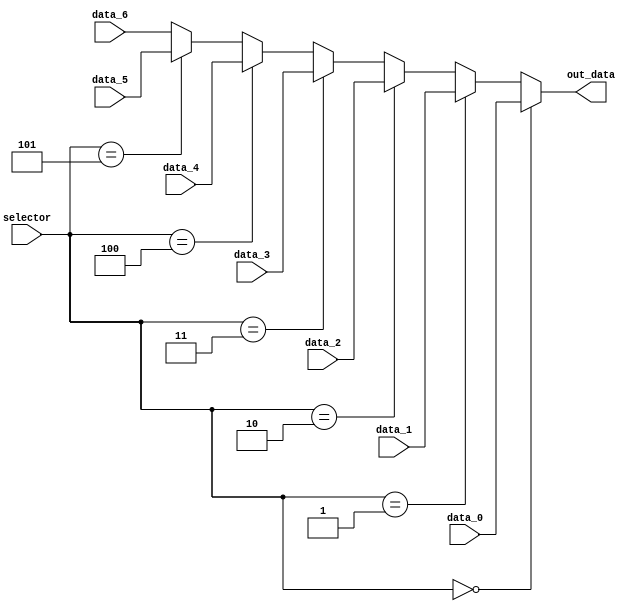
module mux_pcSource (
    input wire      [2:0]       selector,
    input wire      [31:0]      data_0,
    input wire      [31:0]      data_1,
    input wire      [31:0]      data_2,
    input wire      [31:0]      data_3,
    input wire      [31:0]      data_4,
    input wire      [31:0]      data_5,
    input wire      [31:0]      data_6,
    output wire     [31:0]      out_data
);

    assign out_data = (selector == 3'b000) ? data_0 :
                      (selector == 3'b001) ? data_1 :
                      (selector == 3'b010) ? data_2 :
                      (selector == 3'b011) ? data_3 :
                      (selector == 3'b100) ? data_4 :
                      (selector == 3'b101) ? data_5 :
                      data_6;
    
endmodule